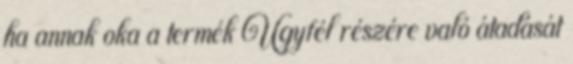
ha annak oka a termék Ügyfél részére való átadását